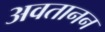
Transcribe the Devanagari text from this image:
अवतानन